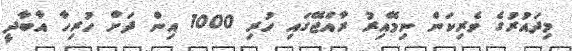
މިދައުރުގެ ވެރިކަން ނިމޭއިރު ރާއްޖޭގައި ހުރި 1000 އިން ދަށް ހުރިހާ އާބާދީ